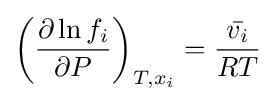
\left({\frac {\partial \ln f_{i}}{\partial P}}\right)_{T,x_{i}}={\frac {\bar {v_{i}}}{RT}}